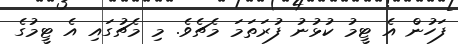
ފަހުން އެ ޓީމު ކުޅުނު ފުރަތަމަ މެޗެވެ. މި މެޗުގައި އެ ޓީމުގެ